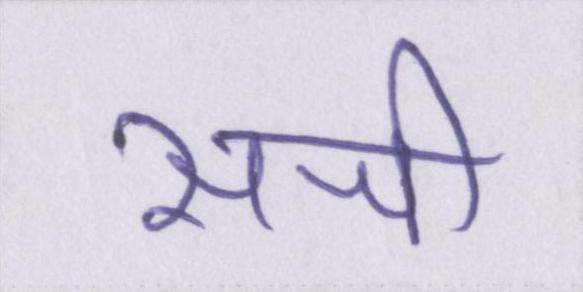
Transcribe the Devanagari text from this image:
सजी